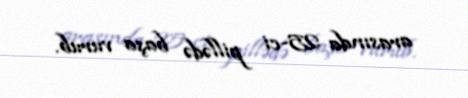
arasında 25-ci pillədə başa vurub.